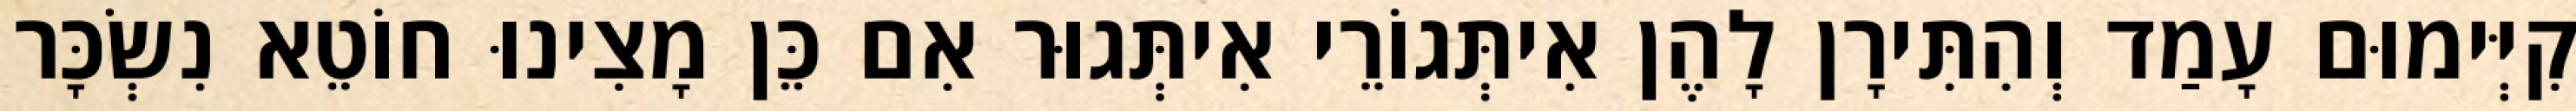
קִיְּימוּם עָמַד וְהִתִּירָן לָהֶן אִיתְּגוֹרֵי אִיתְּגוּר אִם כֵּן מָצִינוּ חוֹטֵא נִשְׂכָּר